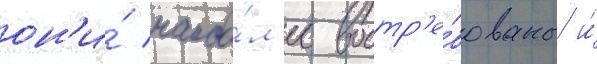
он'и́ наибо́л'ее востр'е́бованы и́